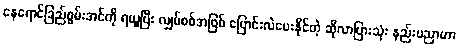
နေရောင်ခြည်စွမ်းအင်ကို ရယူပြီး လျှပ်စစ်အဖြစ် ပြောင်းလဲပေးနိုင်တဲ့ ဆိုလာပြားသုံး နည်းပညာဟာ